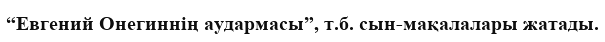
“Евгений Онегиннің аудармасы”, т.б. сын-мақалалары жатады.